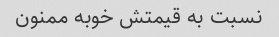
نسبت به قیمتش خوبه ممنون